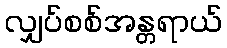
လျှပ်စစ်အန္တရာယ်